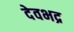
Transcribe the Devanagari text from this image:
देवभद्र